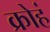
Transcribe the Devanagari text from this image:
क्रोहं